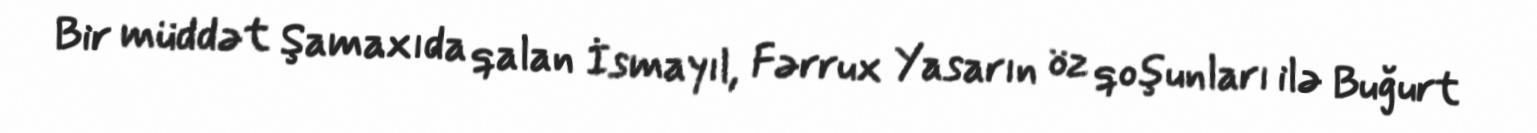
Bir müddət Şamaxıda qalan İsmayıl, Fərrux Yasarın öz qoşunları ilə Buğurt